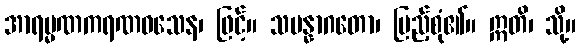
အာရမ္မဏကရဏဝသေန၊ ဖြင့်။ သမန္နာဂတော၊ ပြည့်စုံ၏။ ဣတိ၊ သို့။